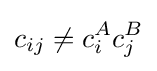
c_{ij}\neq c_{i}^{A}c_{j}^{B}